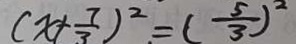
( x + \frac { 7 } { 3 } ) ^ { 2 } = ( \frac { 5 } { 3 } ) ^ { 2 }